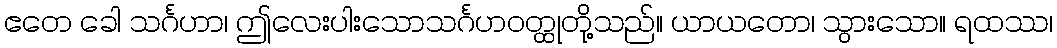
ဧတေ ခေါ သင်္ဂဟာ၊ ဤလေးပါးသောသင်္ဂဟဝတ္ထုတို့သည်။ ယာယတော၊ သွားသော။ ရထဿ၊